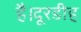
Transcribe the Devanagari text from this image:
है।दूरडीह